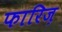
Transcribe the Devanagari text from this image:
फारिज़